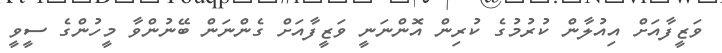
ވަޒީފާއަށް އިއުލާން ކުރުމުގެ ކުރިން އޮންނަނީ ވަޒީފާއަށް ގެންނަން ބޭނުންވާ މީހުންގެ ސީވީ